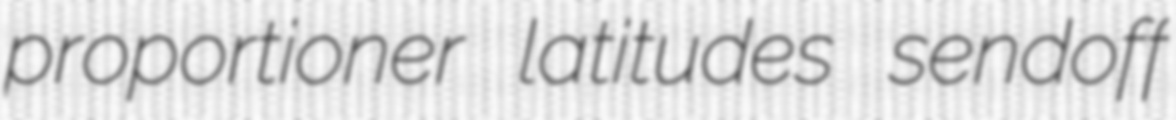
proportioner latitudes sendoff